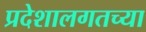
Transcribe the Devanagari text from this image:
प्रदेशालगतच्या